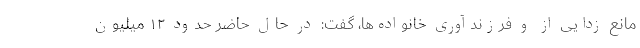
مانع زدایی از و فرزندآوری خانواده‌ها، گفت: در حال حاضر حدود ۱۲ میلیون